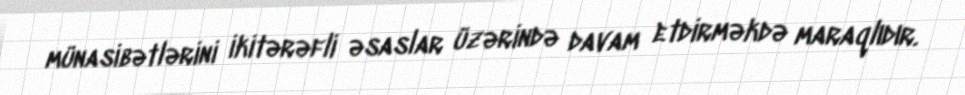
münasibətlərini ikitərəfli əsaslar üzərində davam etdirməkdə maraqlıdır.